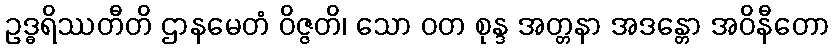
ဥဒ္ဓရိဿတီတိ ဌာနမေတံ ဝိဇ္ဇတိ၊ သော ဝတ စုန္ဒ အတ္တနာ အဒန္တော အဝိနီတော